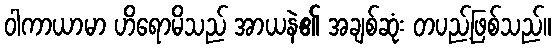
ဝါကာယာမာ ဟိရောမိသည် အာယနဲ၏ အချစ်ဆုံး တပည့်ဖြစ်သည်။